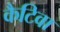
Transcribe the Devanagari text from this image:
कैटिवा